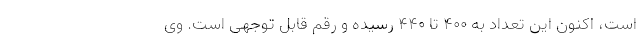
است، اکنون این تعداد به ۴۰۰ تا ۴۴۰ رسیده و رقم قابل توجهی است. وی